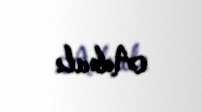
Adnalı